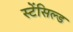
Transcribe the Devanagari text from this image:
स्टेंसिल्ड